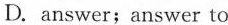
D. answer;answer to